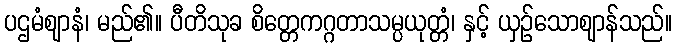
ပဌမံဈာနံ၊ မည်၏။ ပီတိသုခ စိတ္တေကဂ္ဂတာသမ္ပယုတ္တံ၊ နှင့် ယှဉ်သောဈာန်သည်။